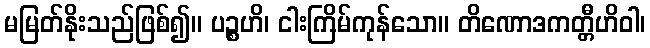
မမြတ်နိုးသည်ဖြစ်၍။ ပဉ္စဟိ၊ ငါးကြိမ်ကုန်သော။ တိဏောဒကတ္တီဟိဝါ၊